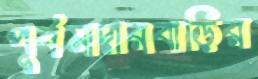
পূর্বমাদারবাড়ির